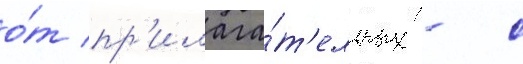
о́т пр'илага́т'ельных - с